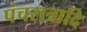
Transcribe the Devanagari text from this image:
पंचरात्रादि